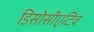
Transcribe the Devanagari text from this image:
डिसोसीएटिव